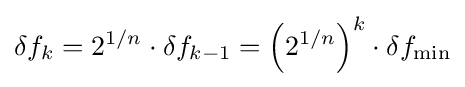
\delta f_{k}=2^{1/n}\cdot \delta f_{k-1}=\left(2^{1/n}\right)^{k}\cdot \delta f_{\text{min}}